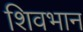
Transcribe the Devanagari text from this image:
शिवभान